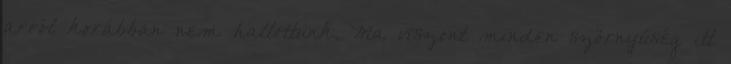
arról korábban nem hallottunk. Ma viszont minden szörnyűség itt